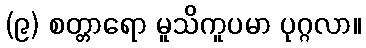
(၉) စတ္တာရော မူသိကူပမာ ပုဂ္ဂလာ။